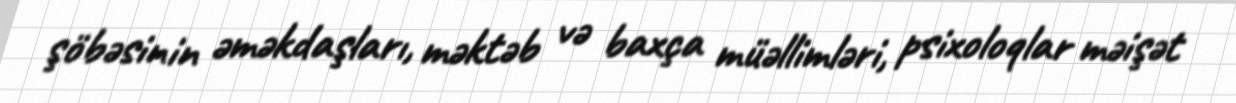
şöbəsinin əməkdaşları, məktəb və baxça müəllimləri, psixoloqlar məişət